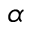
\alpha